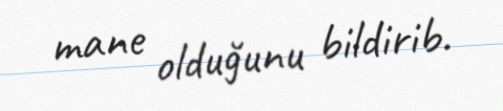
mane olduğunu bildirib.